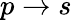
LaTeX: {p\rightarrow s}